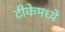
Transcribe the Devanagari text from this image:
टीकेमध्ये